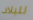
للبلاد